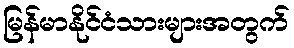
မြန်မာနိုင်ငံသားများအတွက်